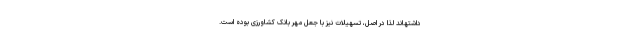
داشتهاند لذا در اصل، تسهیلات نیز با جعل مهر بانک کشاورزی بوده است.